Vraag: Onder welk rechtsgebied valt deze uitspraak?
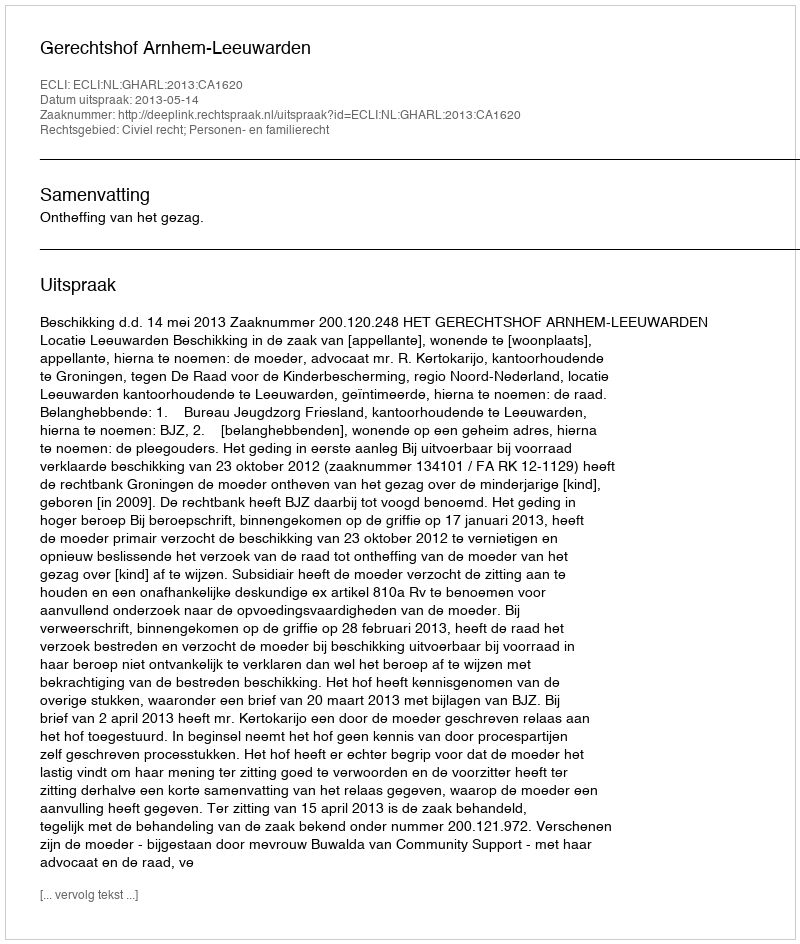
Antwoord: Civiel recht; Personen- en familierecht